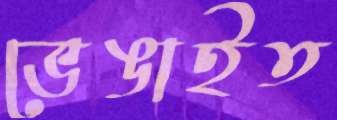
ভেঙাইত